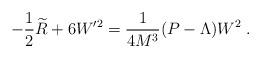
LaTeX: \begin{align*}-\frac 12\widetilde{R}+6W^{\prime 2}=\frac 1{4M^3}(P-\Lambda )W^2\;.\end{align*}